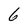
Character: 6